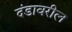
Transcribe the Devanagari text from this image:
दंडावरील